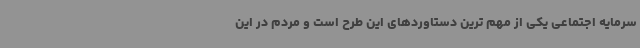
سرمایه اجتماعی یکی از مهم ترین دستاوردهای این طرح است و مردم در این